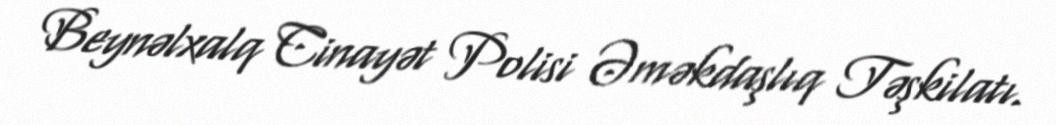
Beynəlxalq Cinayət Polisi Əməkdaşlıq Təşkilatı.